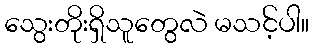
သွေးတိုးရှိသူတွေလဲ မသင့်ပါ။